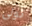
تولى